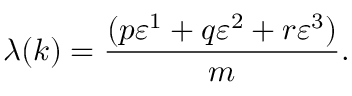
\lambda ( k ) = \frac { ( p \varepsilon ^ { 1 } + q \varepsilon ^ { 2 } + r \varepsilon ^ { 3 } ) } { m } .